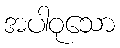
အပါဝုသော